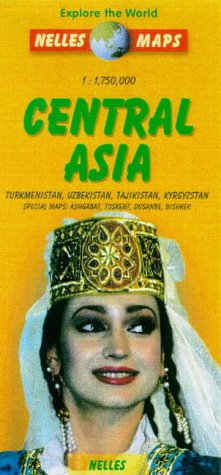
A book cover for Nelles Central Asia Travel Map with Turkmenistan, Uzbekistan, Tajikistan, Kyrgyzstan (Nelles Map); Travel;